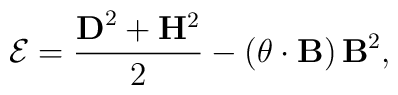
{\cal E}=\frac {{\bf D}^2 +{\bf H}^2}{2}-\left({\bf \theta}\cdot{\bf B} \right){\bf B}^2 ,